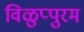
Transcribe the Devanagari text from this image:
विळुप्पुरम